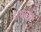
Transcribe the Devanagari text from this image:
नाथसंग्रह